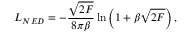
{ \cal L } _ { N E D } = - \frac { \sqrt { 2 { \cal F } } } { 8 \pi \beta } \ln \left( 1 + \beta \sqrt { 2 { \cal F } } \right) ,